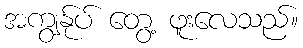
အကျွန်ုပ် တွေ့ ဖူးလေသည်။